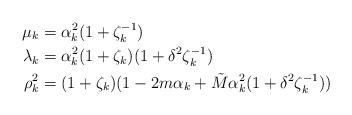
LaTeX: \begin{align*}\mu_k&=\alpha_k^2(1+\zeta_k^{-1})\\\lambda_k&=\alpha_k^2(1+\zeta_k)(1+\delta^2\zeta_k^{-1})\\\rho_k^2&=(1+\zeta_k)(1-2m\alpha_k+\tilde M\alpha_k^2 (1+\delta^2\zeta_k^{-1}))\end{align*}